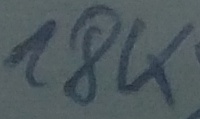
Text: 18K